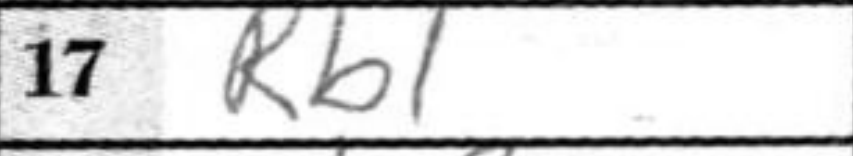
Transcription: Rb1